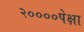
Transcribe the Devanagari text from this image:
२००००पेक्षा